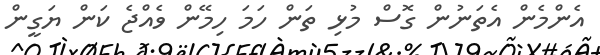
އެންމެން އެތަނުން ގޮސް މުޅި ތަން ހަމަ ހިމޭން ވެއްޖެ ކަން ޔަގީން